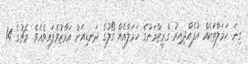
ގިނަ ހަމަލާތަކެއް އުފެއްދިއިރު ގްރީޒްމަންގެ ހަމަލާއެއް ގޯލުގެ ދަނޑިއަށް އަމާޒުވެފައިވެއެވެ. މެޗުގެ 14